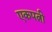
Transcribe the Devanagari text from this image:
एकपत्नी